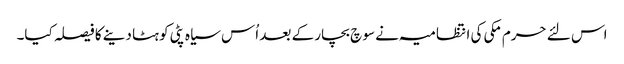
اس لئے حرم مکی کی انتظامیہ نے سو چ بچار کے بعد اُس سیاہ پٹی کو ہٹا دینے کا فیصلہ کیا۔